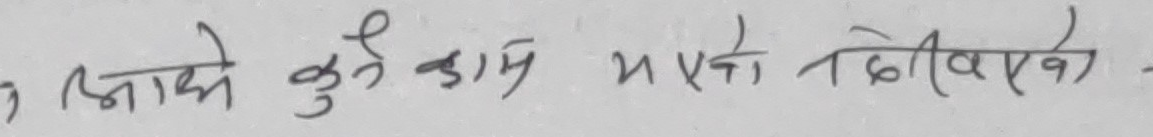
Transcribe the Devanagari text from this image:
आफै कुनै काम भएको नदेखिएको